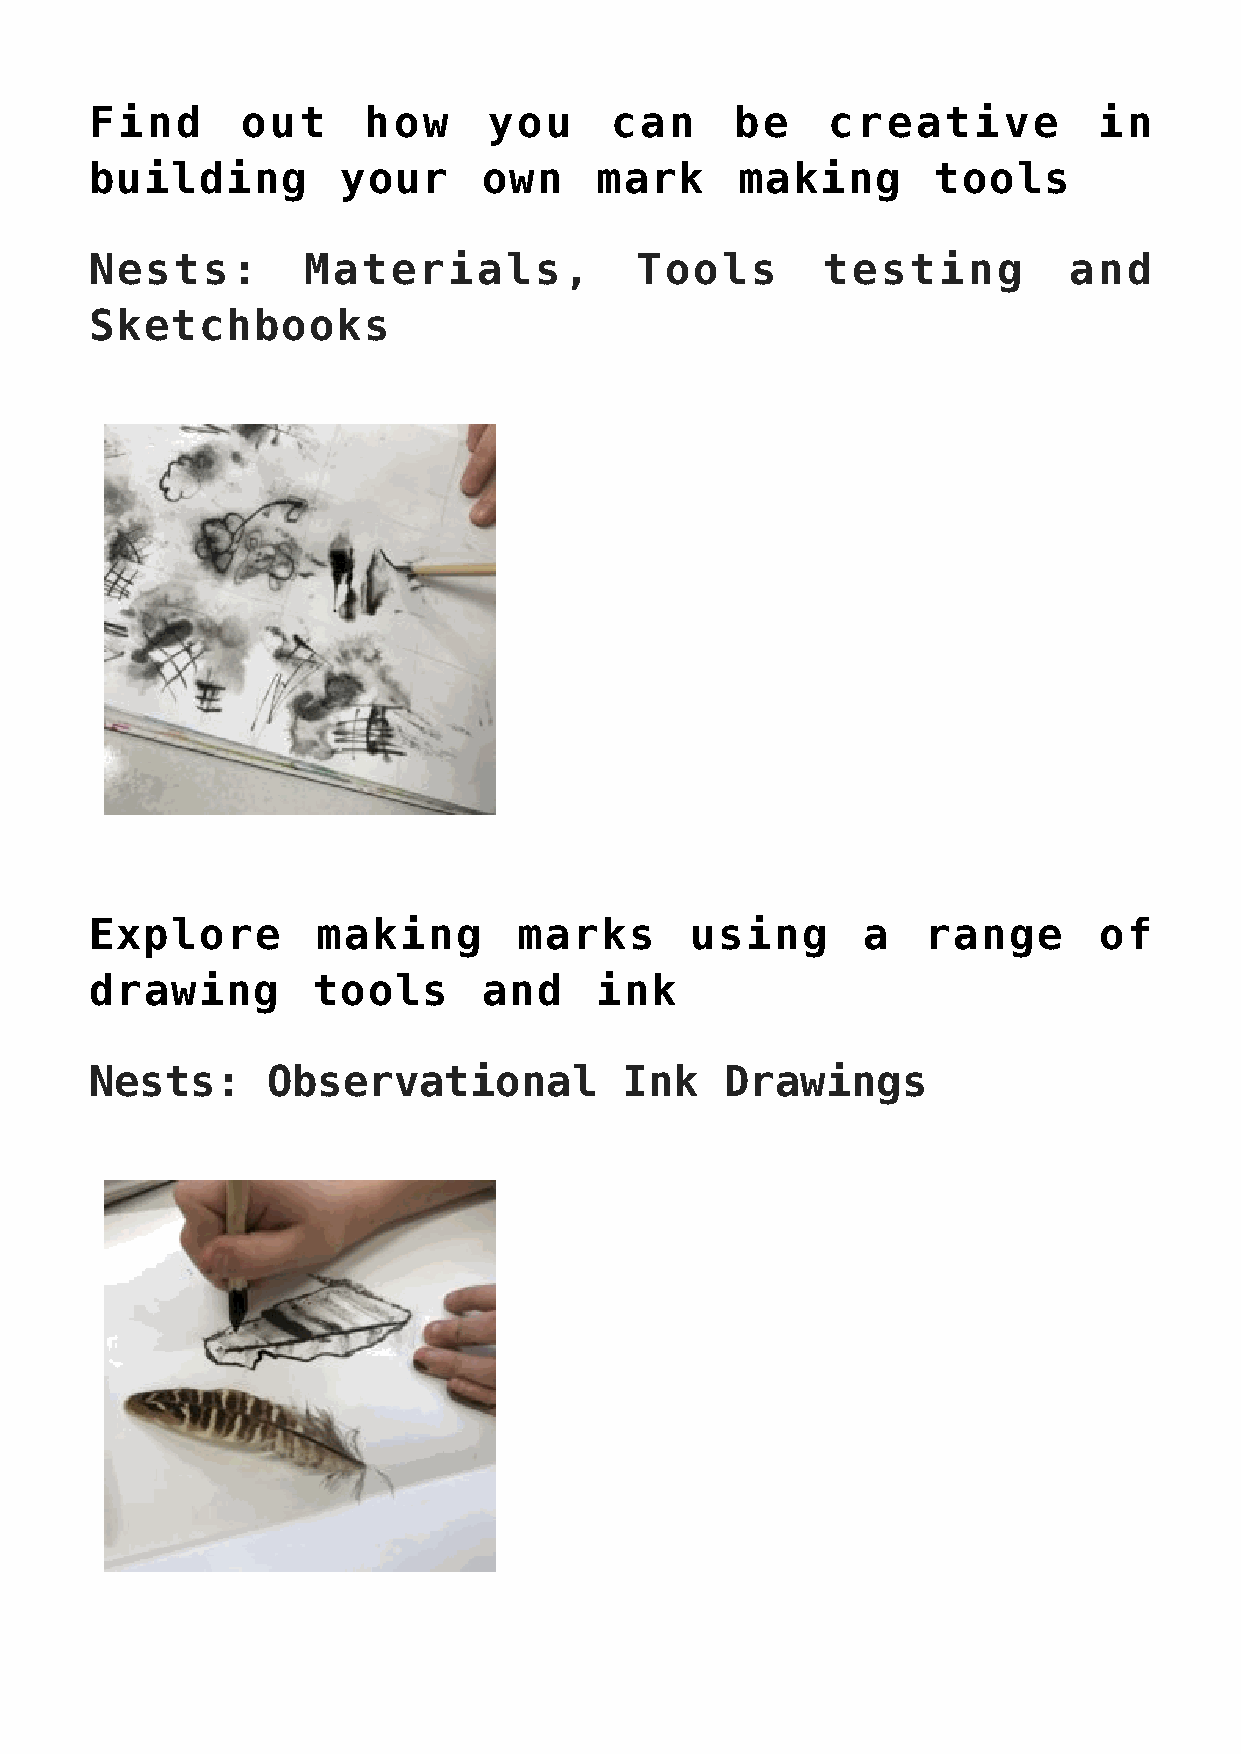
Find      out     how     you     can      be    creative          in
 building         your     own    mark      making       tools
 Nests:        Materials,            Tools        testing         and
 Sketchbooks
 Explore        making       marks       using      a   range       of
 drawing        tools      and    ink
 Nests:      Observational          Ink    Drawings